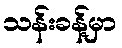
သန်းခန့်မှာ